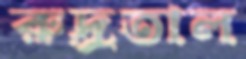
রুদ্রতাল